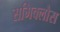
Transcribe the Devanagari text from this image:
समिक्लौस